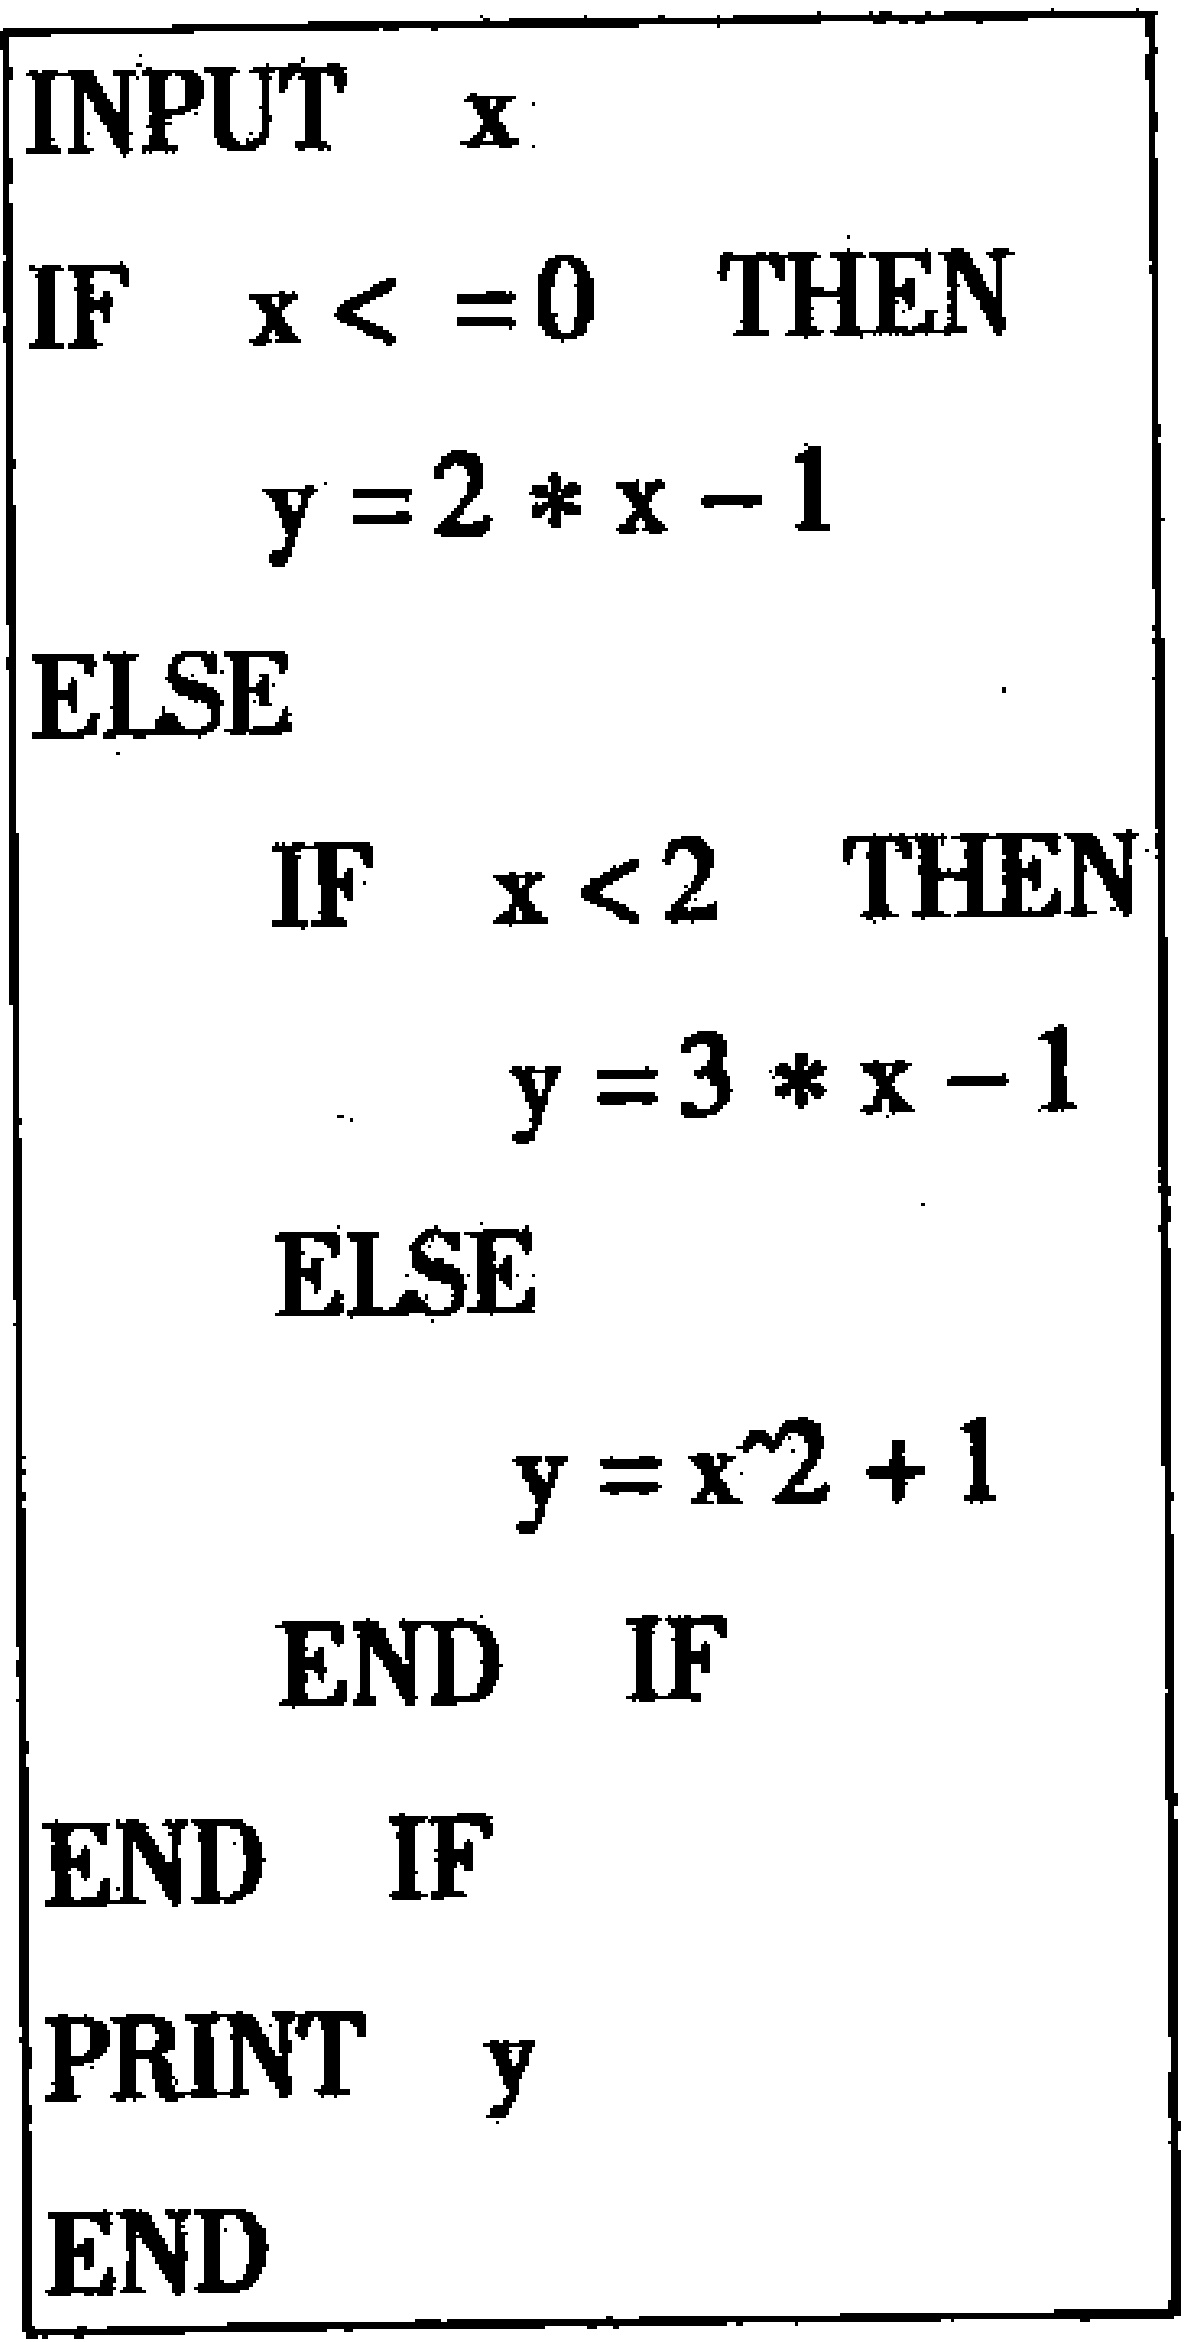
```
\begin{verbatim}
INPUT  x
IF  x<=0  THEN
     y = 2*x - 1
ELSE
     IF  x<2  THEN
          y = 3*x - 1
     ELSE
          y = x^2 + 1
     END  IF
END  IF
PRINT  y
END
\end{verbatim}
```